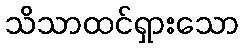
သိသာထင်ရှားသော